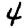
Digit: 4